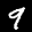
Label: 9